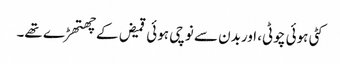
کٹی ہوئی چوٹی، اوربدن سے نوچی ہوئی قمیض کے چھتھڑے تھے۔